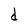
Character: d